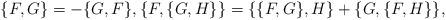
LaTeX: \begin{align*} \{F,G\} = -\{G,F\}, \{F,\{G,H\}\} = \{ \{ F,G\},H\} + \{ G, \{ F, H\}\}, \end{align*}